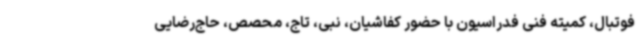
فوتبال، کمیته فنی فدراسیون با حضور کفاشیان، نبی، تاج، محصص، حاج‌رضایی